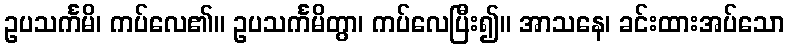
ဥပသင်္ကမိ၊ ကပ်လေ၏။ ဥပသင်္ကမိတွာ၊ ကပ်လေပြီး၍။ အာသနေ၊ ခင်းထားအပ်သော